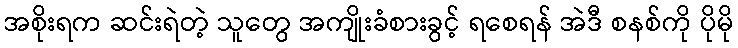
အစိုးရက ဆင်းရဲတဲ့ သူတွေ အကျိုးခံစားခွင့် ရစေရန် အဲဒီ စနစ်ကို ပိုမို